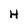
Character: H